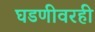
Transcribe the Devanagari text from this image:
घडणीवरही